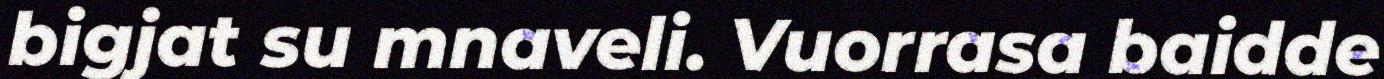
bigjat su mnaveli. Vuorrasa baidde